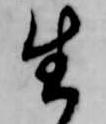
生